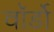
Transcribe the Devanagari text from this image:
वॉर्डो